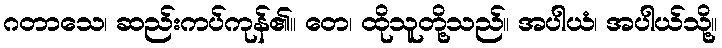
ဂတာသေ၊ ဆည်းကပ်ကုန်၏။ တေ၊ ထိုသူတို့သည်။ အပါယံ၊ အပါယ်သို့။